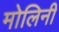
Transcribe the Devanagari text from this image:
मोलिनी